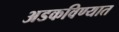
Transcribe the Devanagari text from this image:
अडकविण्यात